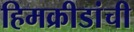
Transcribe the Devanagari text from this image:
हिमक्रीडांची